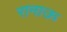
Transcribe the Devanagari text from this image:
रानाऊ